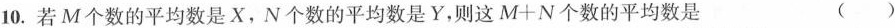
10.若M个数的平均数是X，N个数的平均数是Y，则这$$M+N$$个数的平均数是 ()